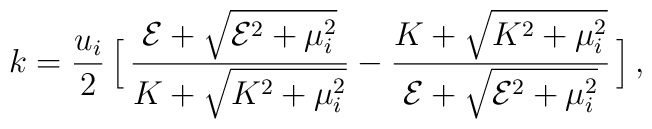
k = {u_i \over 2} \,\Big[ \,{ {\cal E}  +\sqrt{{\cal E}^2 + \mu_i^2 } 			\over  K + \sqrt{K^2 + \mu_i^2}}- { K + \sqrt{K^2 + \mu_i^2}\over {\cal E}  +\sqrt{{\cal E}^2 + \mu_i^2 }}\,\Big]\,,